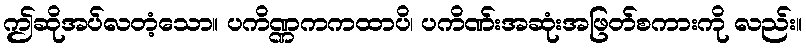
ဤဆိုအပ်လတံ့သော။ ပကိဏ္ဏကကထာပိ၊ ပကိဏ်းအဆုံးအဖြတ်စကားကို လည်း။